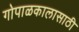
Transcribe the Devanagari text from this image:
गोपाळकालासाठी